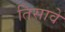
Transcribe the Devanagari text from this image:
तिसावे